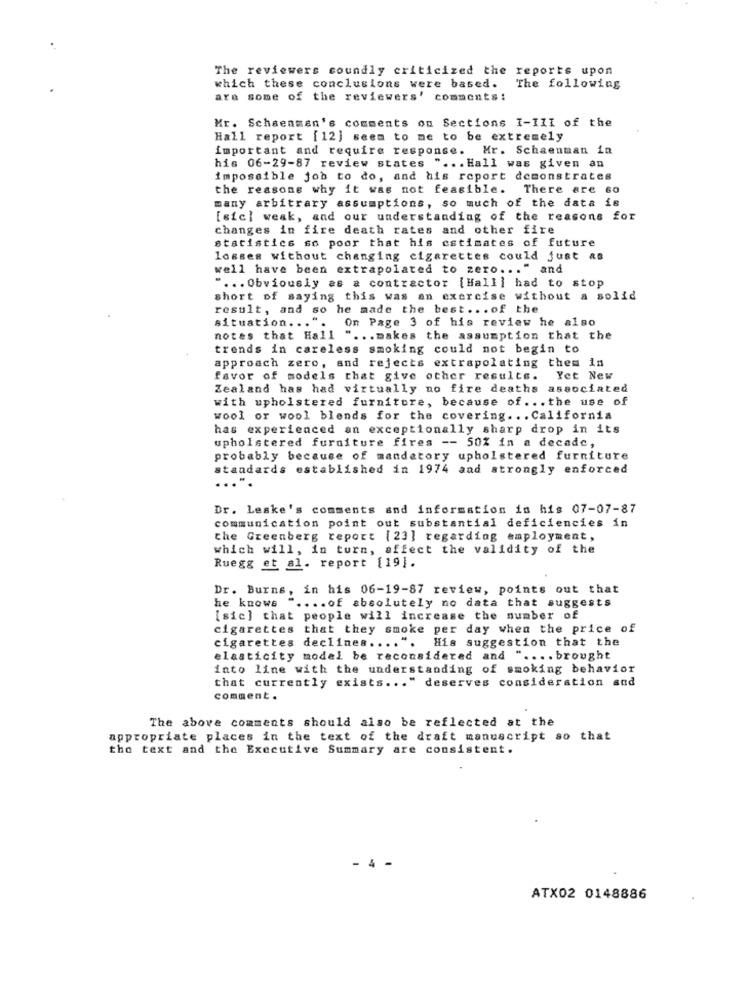
The reviewers soundly criticized the reports upon
which these conclusions were based.
The following
are some of the reviewers' comments :
Mr. Schaenmen's comments on Sections I-III of the
Hall report [12] seem to me to be extremely
important and require response. Mr. Schaenman in
his 06-29-87 review states " ... Hall was given an
impossible job to do, and his report demonstrates
the reasons why it was not feasible. There are 6o
many arbitrary assumptions, so much of the data is
[sic] weak, and our understanding of the reasons for
changes in fire death rates and other fire
statistics ss poor that his estimates of future
losses without changing cigarettes could just as
well have been extrapolated to zero ... " and
" ... Obviously as a contractor [Hall] had to stop
short of saying this was an exercise without a solid
result, and so he made the best ... of the
On Page 3 of his review he also
situation. ..
notes that Hall " ... makes the assumption that the
trends in careless smoking could not begin to
approach zero, and rejects extrapolating them in
favor of models that give other results.
Yet New
Zealand has had virtually no fire deaths associated
with upholstered furniture, because of ... the use of
wool or wool blends for the covering ... California
has experienced an exceptionally sharp drop in its
upholstered furniture fires -- 50% in a decade,
probably because of mandatory upholstered furniture
standards established in 1974 and strongly enforced
... ".
Dr. Leske's comments and information is his 07-07-87
communication point out substantial deficiencies in
the Greenberg report [23] regarding employment,
which will, in turn, affect the validity of the
Ruegg et al. report [19].
Dr. Burns, in his 06-19-87 review, points out that
he knows
" .... of absolutely no data that suggests
[sic] that people will increase the number of
cigarettes that they smoke per day when the price of
cigarettes declines .... ". His suggestion that the
elasticity model be reconsidered and " .... brought
into line with the understanding of smoking behavior
that currently exists ... " deserves consideration and
comment.
The above comments should also be reflected at the
appropriate places in the text of the draft manuscript so that
the text and the Executive Summary are consistent.
ATX02 0148886